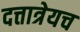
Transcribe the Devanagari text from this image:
दत्तात्रेयच